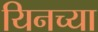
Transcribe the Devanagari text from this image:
यिनच्या